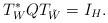
LaTeX: \begin{align*}T^{*}_{W}QT_{\tilde{W}}=I_{H}.\end{align*}